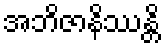
အဘိဇာနိဿန္တိ